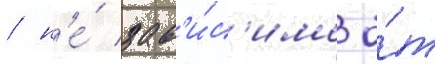
/ н'е́ зав'и́с'имо о́т